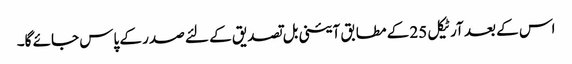
اس کے بعد آرٹیکل 25 کے مطابق آئینی بل تصدیق کے لئے صدر کے پاس جائے گا۔